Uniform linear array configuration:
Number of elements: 4
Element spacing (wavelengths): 1
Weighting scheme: hamming
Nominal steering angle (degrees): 60
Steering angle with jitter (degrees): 59.191
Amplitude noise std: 0.05
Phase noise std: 0.05

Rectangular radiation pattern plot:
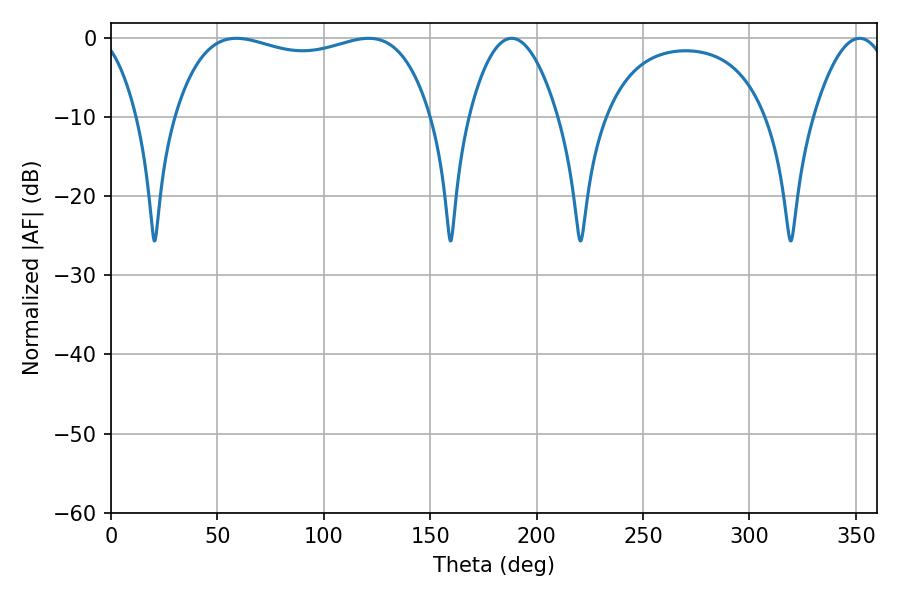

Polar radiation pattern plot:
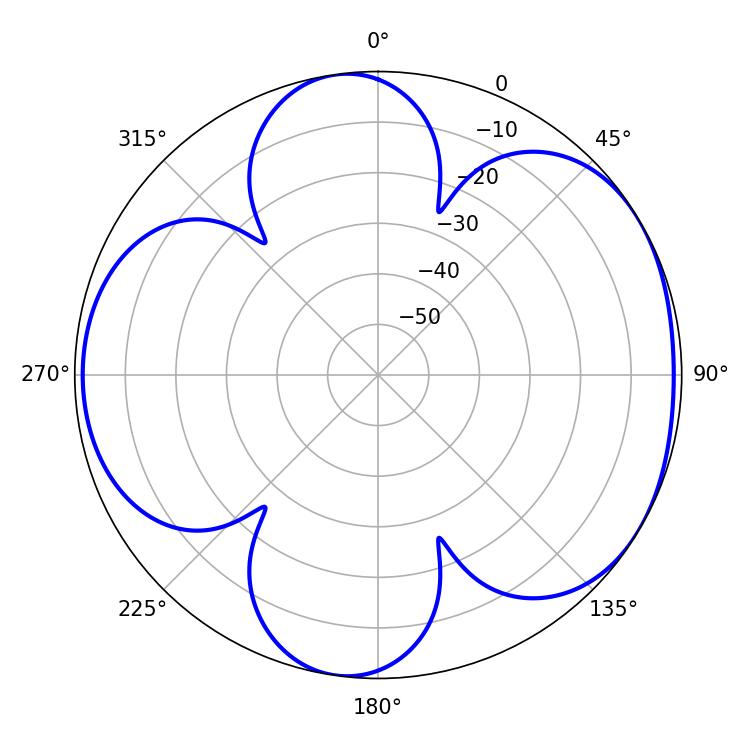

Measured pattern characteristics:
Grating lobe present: TRUE
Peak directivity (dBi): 5.192
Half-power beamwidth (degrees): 23.04
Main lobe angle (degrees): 188.28